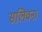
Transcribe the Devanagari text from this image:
सलिवन।